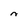
Character: n